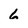
Character: 6